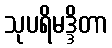
သုပရိမဒ္ဒိတာ